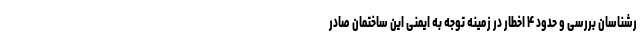
رشناسان بررسی و حدود ۴ اخطار در زمینه توجه به ایمنی این ساختمان صادر